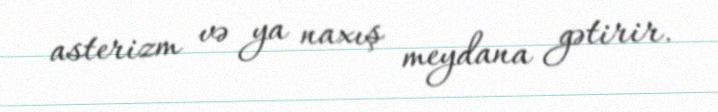
asterizm və ya naxış meydana gətirir.